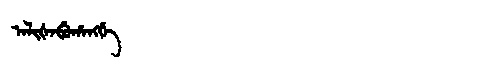
Manchu: ᠠᠯᡳᡧᠠᠪᡠᡥᠠᠩᡤᡝ
Romanization: ALIŠABUHANGGE